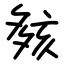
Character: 㚊